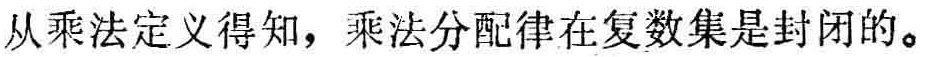
从乘法定 义得知，乘法分配律在复数集是封闭的。